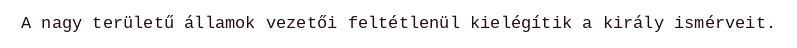
A nagy területű államok vezetői feltétlenül kielégítik a király ismérveit.